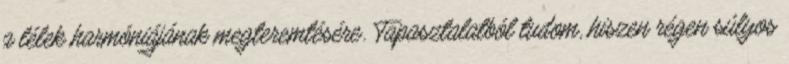
a lélek harmóniájának megteremtésére. Tapasztalatból tudom, hiszen régen súlyos